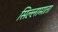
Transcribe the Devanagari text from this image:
सिल्लामाता